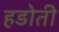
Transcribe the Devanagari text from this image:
हडोती